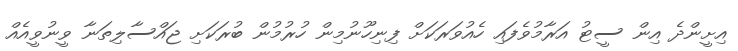
އިށީންދެ އިން ސީޓު އަރާމުވެފައި ހެއުވަރަކަށް ފިނިހޫނުމިން ހުރުމުން ބުރަކަށި ޖައްސާލިތަނާ ވީނުވީއެއް